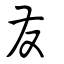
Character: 發